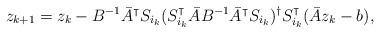
LaTeX: \begin{align*}z_{k+1} = z_k - B^{-1} \bar{A}^\intercal S_{i_k} (S_{i_k}^\intercal \bar A B^{-1} \bar{A}^\intercal S_{i_k} )^\dagger S_{i_k}^\intercal (\bar A z_k - b),\end{align*}